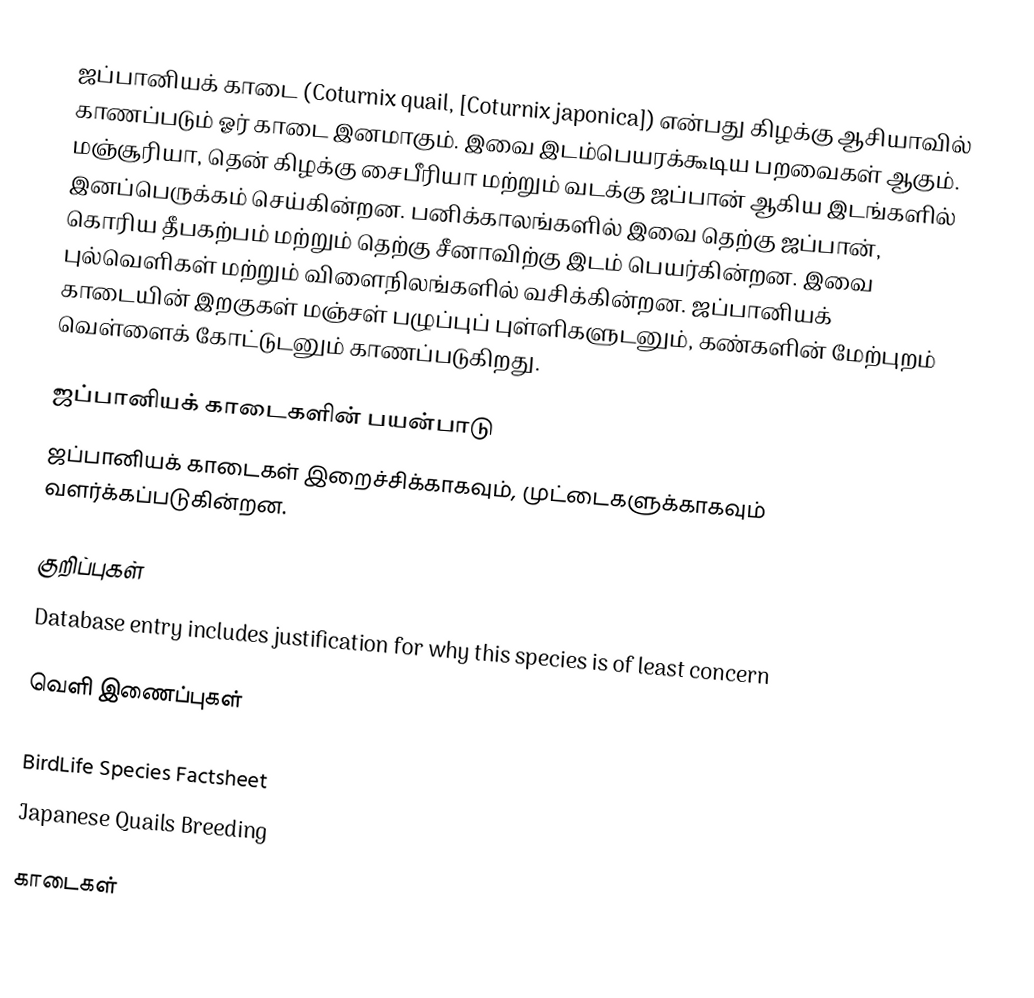
ஜப்பானியக் காடை (Coturnix quail, [Coturnix japonica]) என்பது கிழக்கு ஆசியாவில் காணப்படும் ஓர் காடை இனமாகும். இவை இடம்பெயரக்கூடிய பறவைகள் ஆகும். மஞ்சூரியா, தென் கிழக்கு சைபீரியா மற்றும் வடக்கு ஜப்பான் ஆகிய இடங்களில் இனப்பெருக்கம் செய்கின்றன. பனிக்காலங்களில் இவை தெற்கு ஜப்பான், கொரிய தீபகற்பம் மற்றும் தெற்கு சீனாவிற்கு இடம் பெயர்கின்றன. இவை புல்வெளிகள் மற்றும் விளைநிலங்களில் வசிக்கின்றன. ஜப்பானியக் காடையின் இறகுகள் மஞ்சள் பழுப்புப் புள்ளிகளுடனும், கண்களின் மேற்புறம் வெள்ளைக் கோட்டுடனும் காணப்படுகிறது.

ஜப்பானியக் காடைகளின் பயன்பாடு
ஜப்பானியக் காடைகள் இறைச்சிக்காகவும், முட்டைகளுக்காகவும் வளர்க்கப்படுகின்றன.

குறிப்புகள்
  Database entry includes justification for why this species is of least concern

வெளி இணைப்புகள்

 BirdLife Species Factsheet
 Japanese Quails  Breeding

காடைகள்